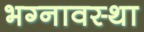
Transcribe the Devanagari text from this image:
भग्‍नावस्‍था